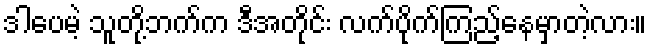
ဒါပေမဲ့ သူတို့ဘက်က ဒီအတိုင်း လက်ပိုက်ကြည့်နေမှာတဲ့လား။